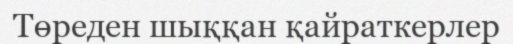
Төреден шыққан қайраткерлер